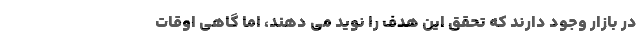
در بازار وجود دارند که تحقق این هدف را نوید می دهند، اما گاهی اوقات